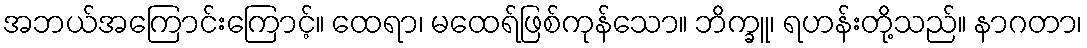
အဘယ်အကြောင်းကြောင့်။ ထေရာ၊ မထေရ်ဖြစ်ကုန်သော။ ဘိက္ခူ၊ ရဟန်းတို့သည်။ နာဂတာ၊